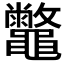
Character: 𪔀